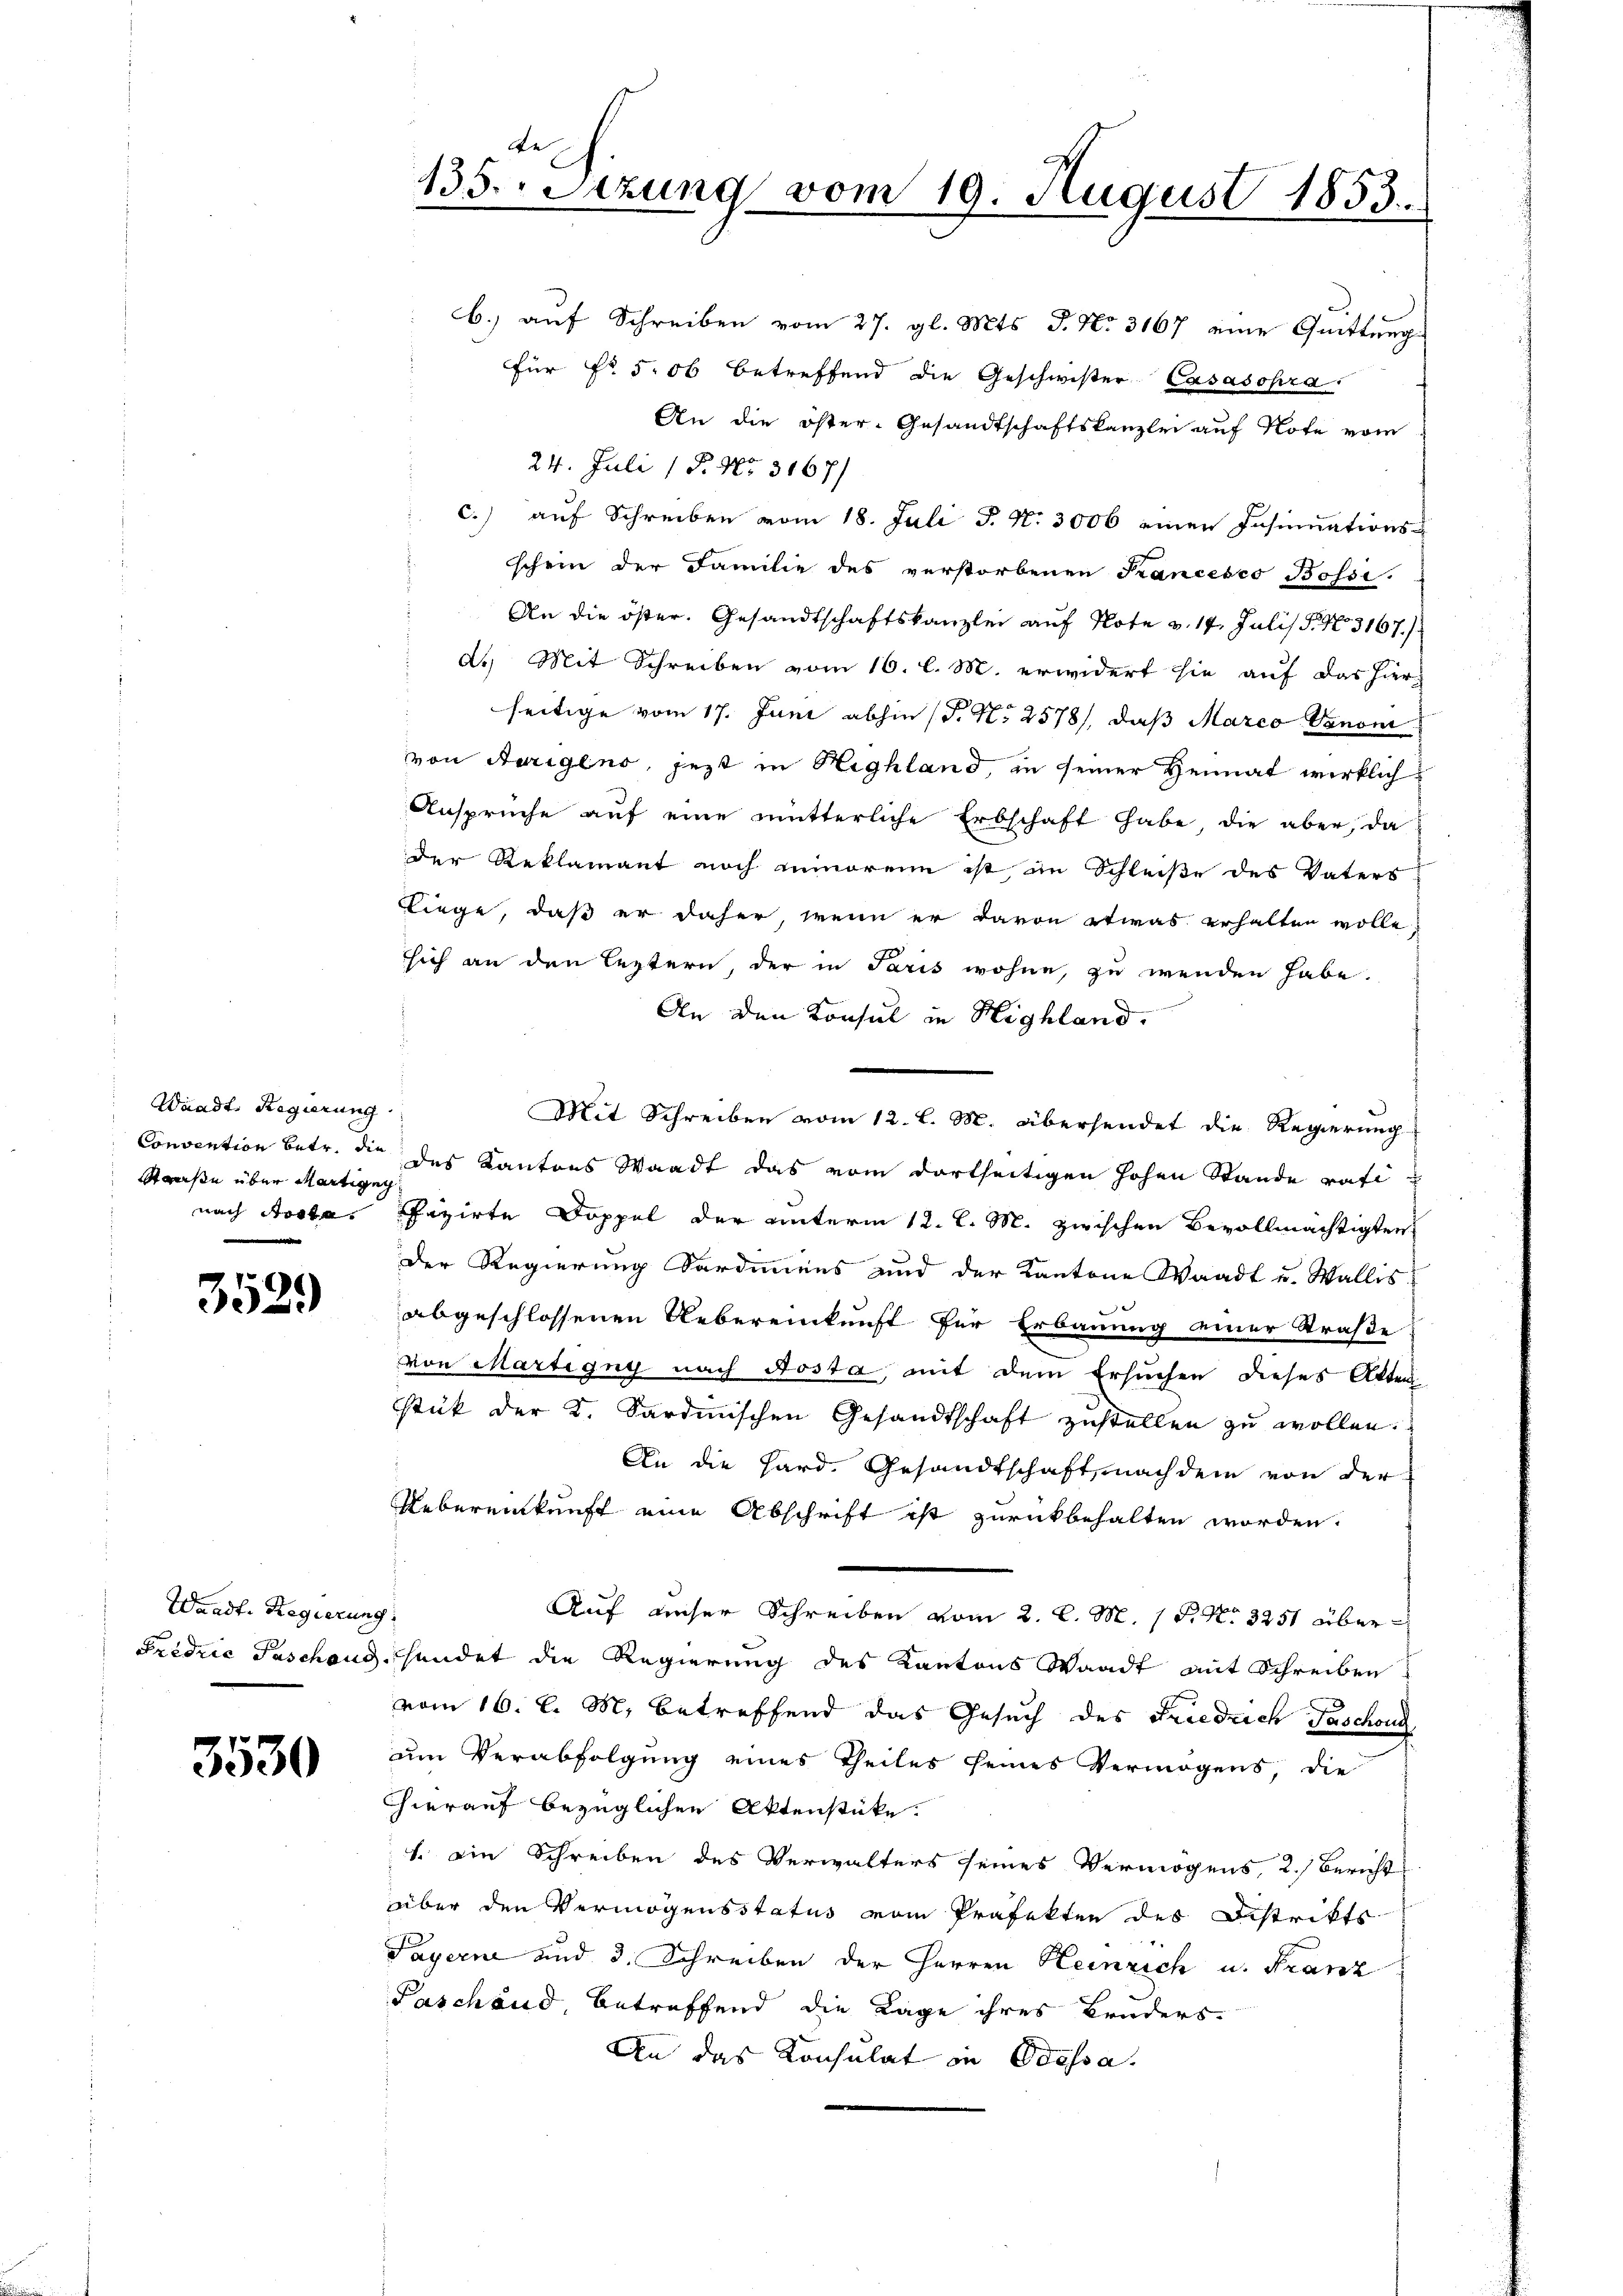
Waadt. Regierung
Sause über Martigen

3529

Waadt. Regierung.

3530

e
135. Setzung vom 19. August 1853.

b.) auf Schreiben vom 27. gl. Mts. S. No. 3167 eine Quittung
für Fr. 506 betreffend die Geschwister Casasopra
An die öster- Gesandtschaftskanzlei auf Note vom
24. Juli (P. Nr. 3167/
c.) auf Schreiben vom 18. Juli P. Nr. 3006 einen Insinuations-
schein der Familie des verstorbenen Prancesco Bossi-
An die öster. Gesandtschaftskanzlei auf Note v. 14. Juli P. Nr. 3167/
d.) Mit Schreiben vom 16. l. M. erwidert sie auf das hier
seitige vom 17. Juni abhin (S. N. 2578), daß Marco Vanoni
von Aerigens, jezt in Highland, in seiner Heimat wirklich
Ansprüche auf eine mütterliche Erbschaft habe, die aber, da
der Reklamant noch minorene ist im Schleiße des Vaters
Liege, daß er daher, wenn er davon etwas erhalten wolle,
sich an den leztern, der in Paris wohne, zu wenden habe.
An den Konsul in Highland.
Mit Schreiben vom 12. l. M. übersendet die Regierung
Convention betr. die des Kantons Waadt das vom dortseitigen hohen Stande rati
nach Aosta, Pfizirte Doppel der unterm 12. l. M. zwischen Bevollmächtigten
der Regierung Fordenens und der Kantone Waadt u. Wallis
abgeschlossenen Uebereinkunft für Erbauung einer Straße
von Martigny nach Aosta, mit dem Ersuchen dieses Atten
stück der K. Sardinischen Gesandtschaft zustellen zu wollen.
An die Hard, Gesandtschaft, nach dem von der
Uebereinkunft eine Abschrift ist zurückbehalten worden.
Auf unser Schreiben vom 2. l. M. 18. No. 3251 über¬
Fridrie Paschaus sendet die Regierung des Kantons Waadt mit Schreiben
vom 16. l. M. betreffend das Gesuch des Friedrich Taschon
um Verabfolgung eines Theiles seines Vermögens, die
hierauf bezüglichen Aktenstücke.
1. Die Schreiben des Verwalters seines Vermögens, 2.) Bericht
über den Vermögensstatus vom Präfekten des Distrikts
Payerne und 3. Schreiben der Herren Heinrich u. Franz
Paschand betreffend die Lage ihres Bruders
An das Konsulat in Odessa.